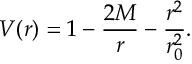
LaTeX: V ( r ) = 1 - \frac { 2 M } { r } - \frac { r ^ { 2 } } { r _ { 0 } ^ { 2 } } .